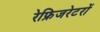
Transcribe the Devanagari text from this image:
रेफ्रिजरेटरों